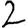
Digit: 2